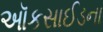
ઑકસાઈડના